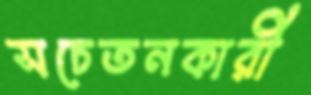
সচেতনকারী